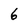
Character: 6